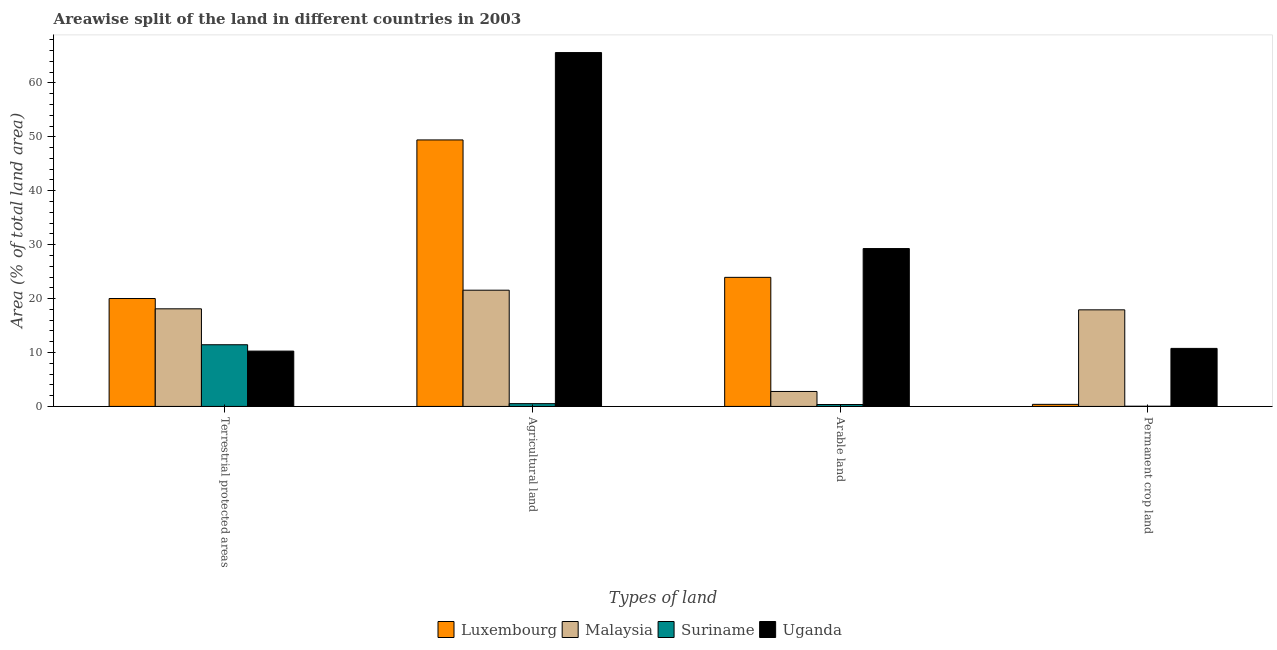
| Types of land | Luxembourg | Malaysia | Suriname | Uganda |
 | --- | --- | --- | --- | --- |
 | Terrestrial protected areas | 20 | 18.1 | 11.4 | 10.3 |
 | Agricultural land | 49.4 | 21.6 | 0.516 | 65.6 |
 | Arable land | 23.9 | 2.78 | 0.353 | 29.3 |
 | Permanent crop land | 0.386 | 17.9 | 0.0385 | 10.8 |